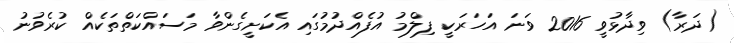
(ދަރާ) ވިދާޅުވީ 2016 ވަނަ އަހަރަކީ ފިލްމު އުފެއްދުމުގައި އެކަށީގެންވާ މަސައްކަތްތަކެއް ކުރެވުނު